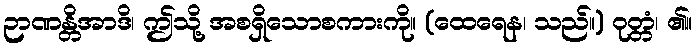
ဉာဏန္တိအာဒိ၊ ဤသို့ အစရှိသောစကားကို။ (ထေရေန၊ သည်။) ဝုတ္တံ၊ ၏။